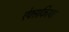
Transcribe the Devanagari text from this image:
ऐक्सकिरण